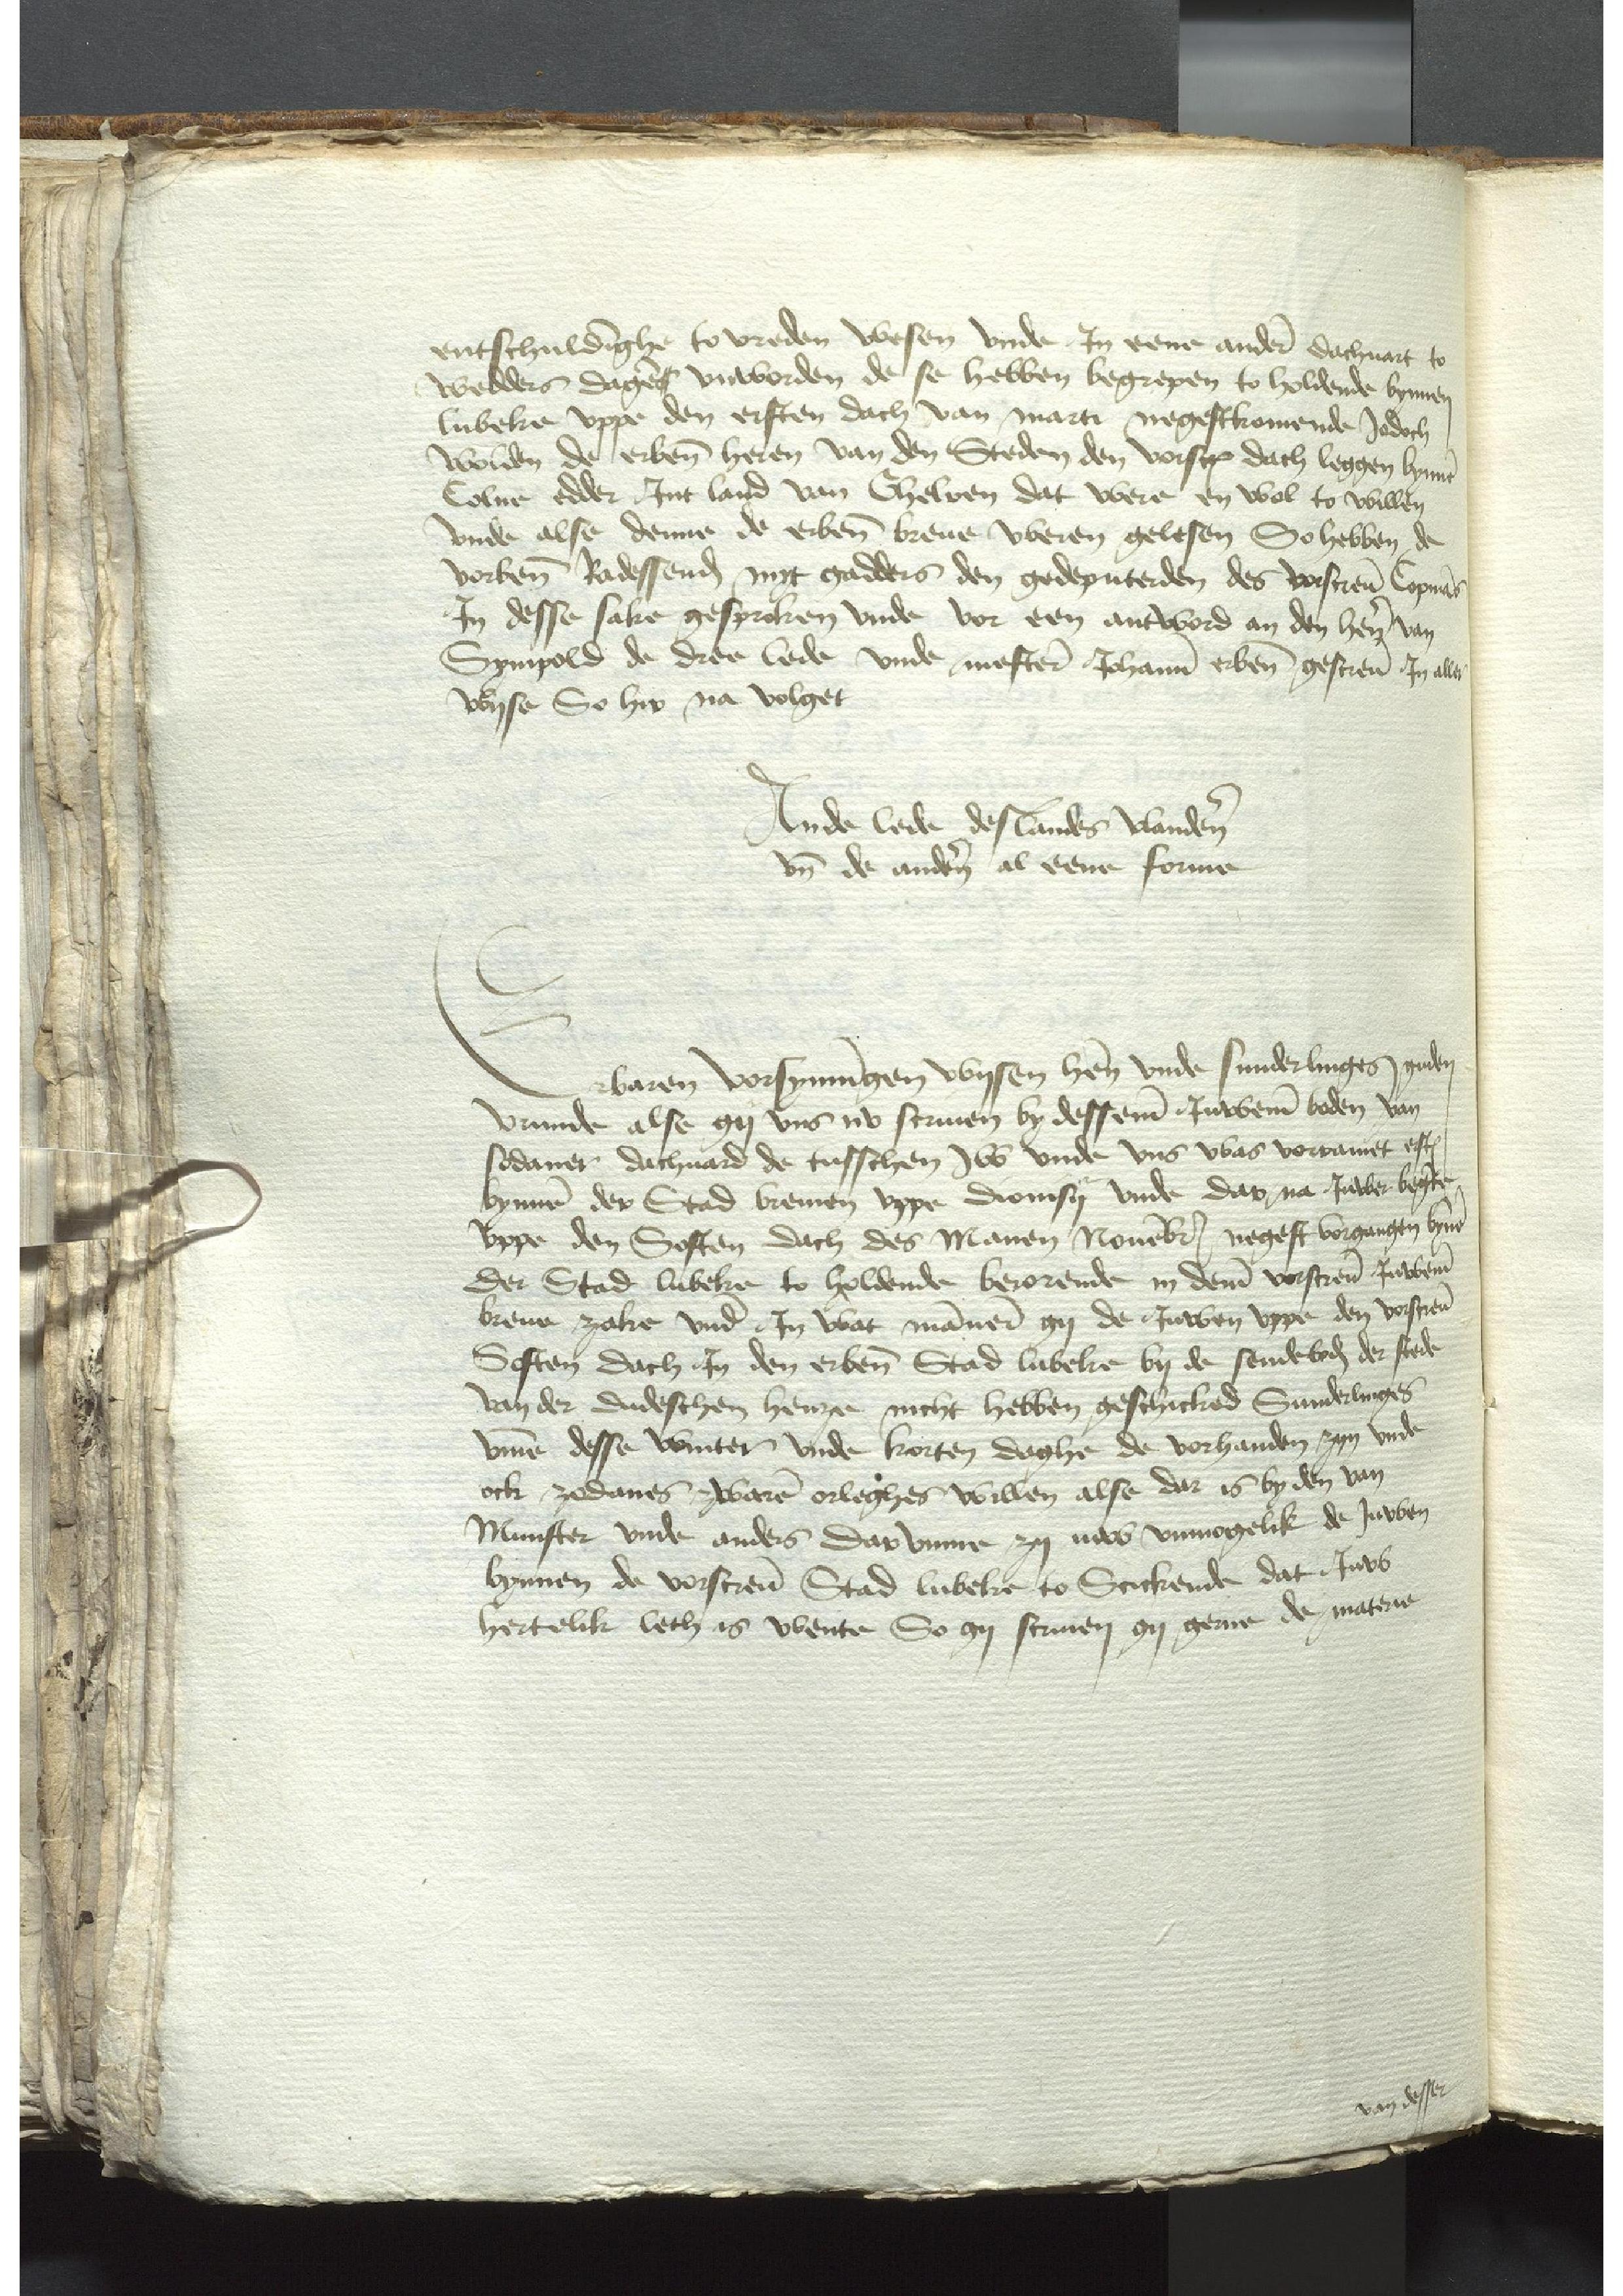
entschuldinghe to vreden wesen vnde Jn eene anderen dachuart to
wedders dagenr vnworden de se hebben begrepen to holdende byynen
Lubeke vppe den ersten dach van marti negestkomende Jodoch
wolden de erbenomeden heren van den Steden de vorscreuen dach leggen bynnen
Colne edder Jnt land van Ghelren dat vbere en wol to willen
Vnde alse denne de erbenomeden breue vberen gelesen So hebben de
vorbenomeden Radessendeboden myt gadders den gedeputerden des vorscreuen Copmans
Jn desse sake gespreken vnde vor een antword an den heren van
Sympold de dree lede vnde mestere Johanne erbenomeden gescreuen Jn aller
Wyse So hir na volget
Ande lede des landes Vlanderen
vnd de anderen al eene forne

Erbaren vorsymungen Wysen heren vnde sunderlinges guden
vrunde alse gy vns nu scriuen by desseme Juweme boden van
sodaner dachuard de tusschen Jw vnde vns was vorramet ersten
bynnen der Stad Bremen vppe Dionisij vnde dar na Juwer begerte
vppe den Sosten dach des Manen Nouembris negest vorgargen bynen
der Stad Lubeke to holdende berorende in deme vorscreuen Juweme
breue zake vnde Jn wat mannern gy de Juwen vppe den vorscreuen
Sosten dach Jn den erbenomden Stad Lubeke by der sendeboden der stede
van der dudeschen henze nicht hebben geschicked Sunderlinges
vmme desse winter vnde korten daghe de vorhanden zyn vnde
ok zodanes zwaren orleghes willen alse dar is by den van
Munster vnde anders dar vmme zy iuw vnmogelik de Juwen
bynnen de vorscreuen Stad Lubeke to Scickende dat Juw
hertelike leth is wente So gy scriuen gy gerne de materie